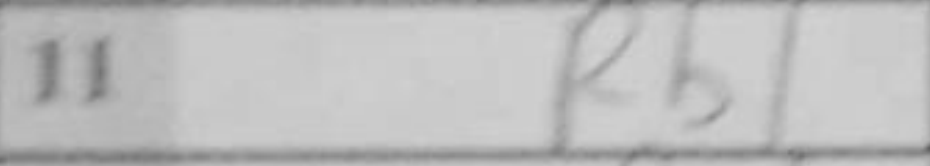
Transcription: Rb1